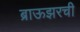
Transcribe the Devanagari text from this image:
ब्राऊझरची